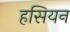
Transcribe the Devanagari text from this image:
हसियन